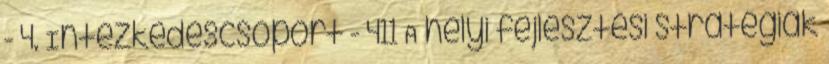
- 4. Intézkedéscsoport - 411 A helyi fejlesztési stratégiák